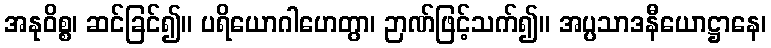
အနုဝိစ္စ၊ ဆင်ခြင်၍။ ပရိယောဂါဟေတွာ၊ ဉာဏ်ဖြင့်သက်၍။ အပ္ပသာဒနီယောဋ္ဌာနေ၊